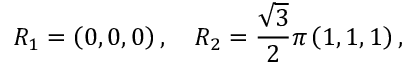
R _ { 1 } = \left( 0 , 0 , 0 \right) , \quad R _ { 2 } = \frac { \sqrt 3 } { 2 } \pi \left( 1 , 1 , 1 \right) ,